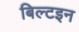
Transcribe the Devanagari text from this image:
बिल्टइन